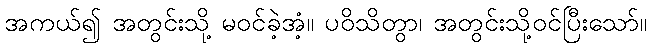
အကယ်၍ အတွင်းသို့ မဝင်ခဲ့အံ့။ ပဝိသိတွာ၊ အတွင်းသို့ဝင်ပြီးသော်။